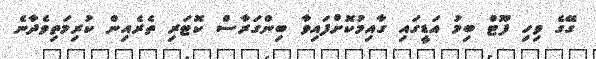
ގޭގެ ވިހި ފޫޓް ބިމު އަޑީގައި ގާއިމުކޮށްފައިވާ ބިންގަރާސް ކޮޓަރި ތެރެއިން ކުރިމަތިވެދާނެ